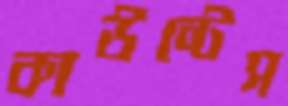
কাউন্টেস